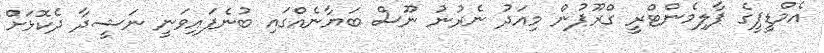
އެމްޑީޕީގެ ޕާލިމެންޓްރީ ގްރޫޕުން މިއަދު ނެރުނު ނޫސް ބަޔާނެއްގައި ބުނެފައިވަނީ ނަޝީދާ ދެކޮޅަށް